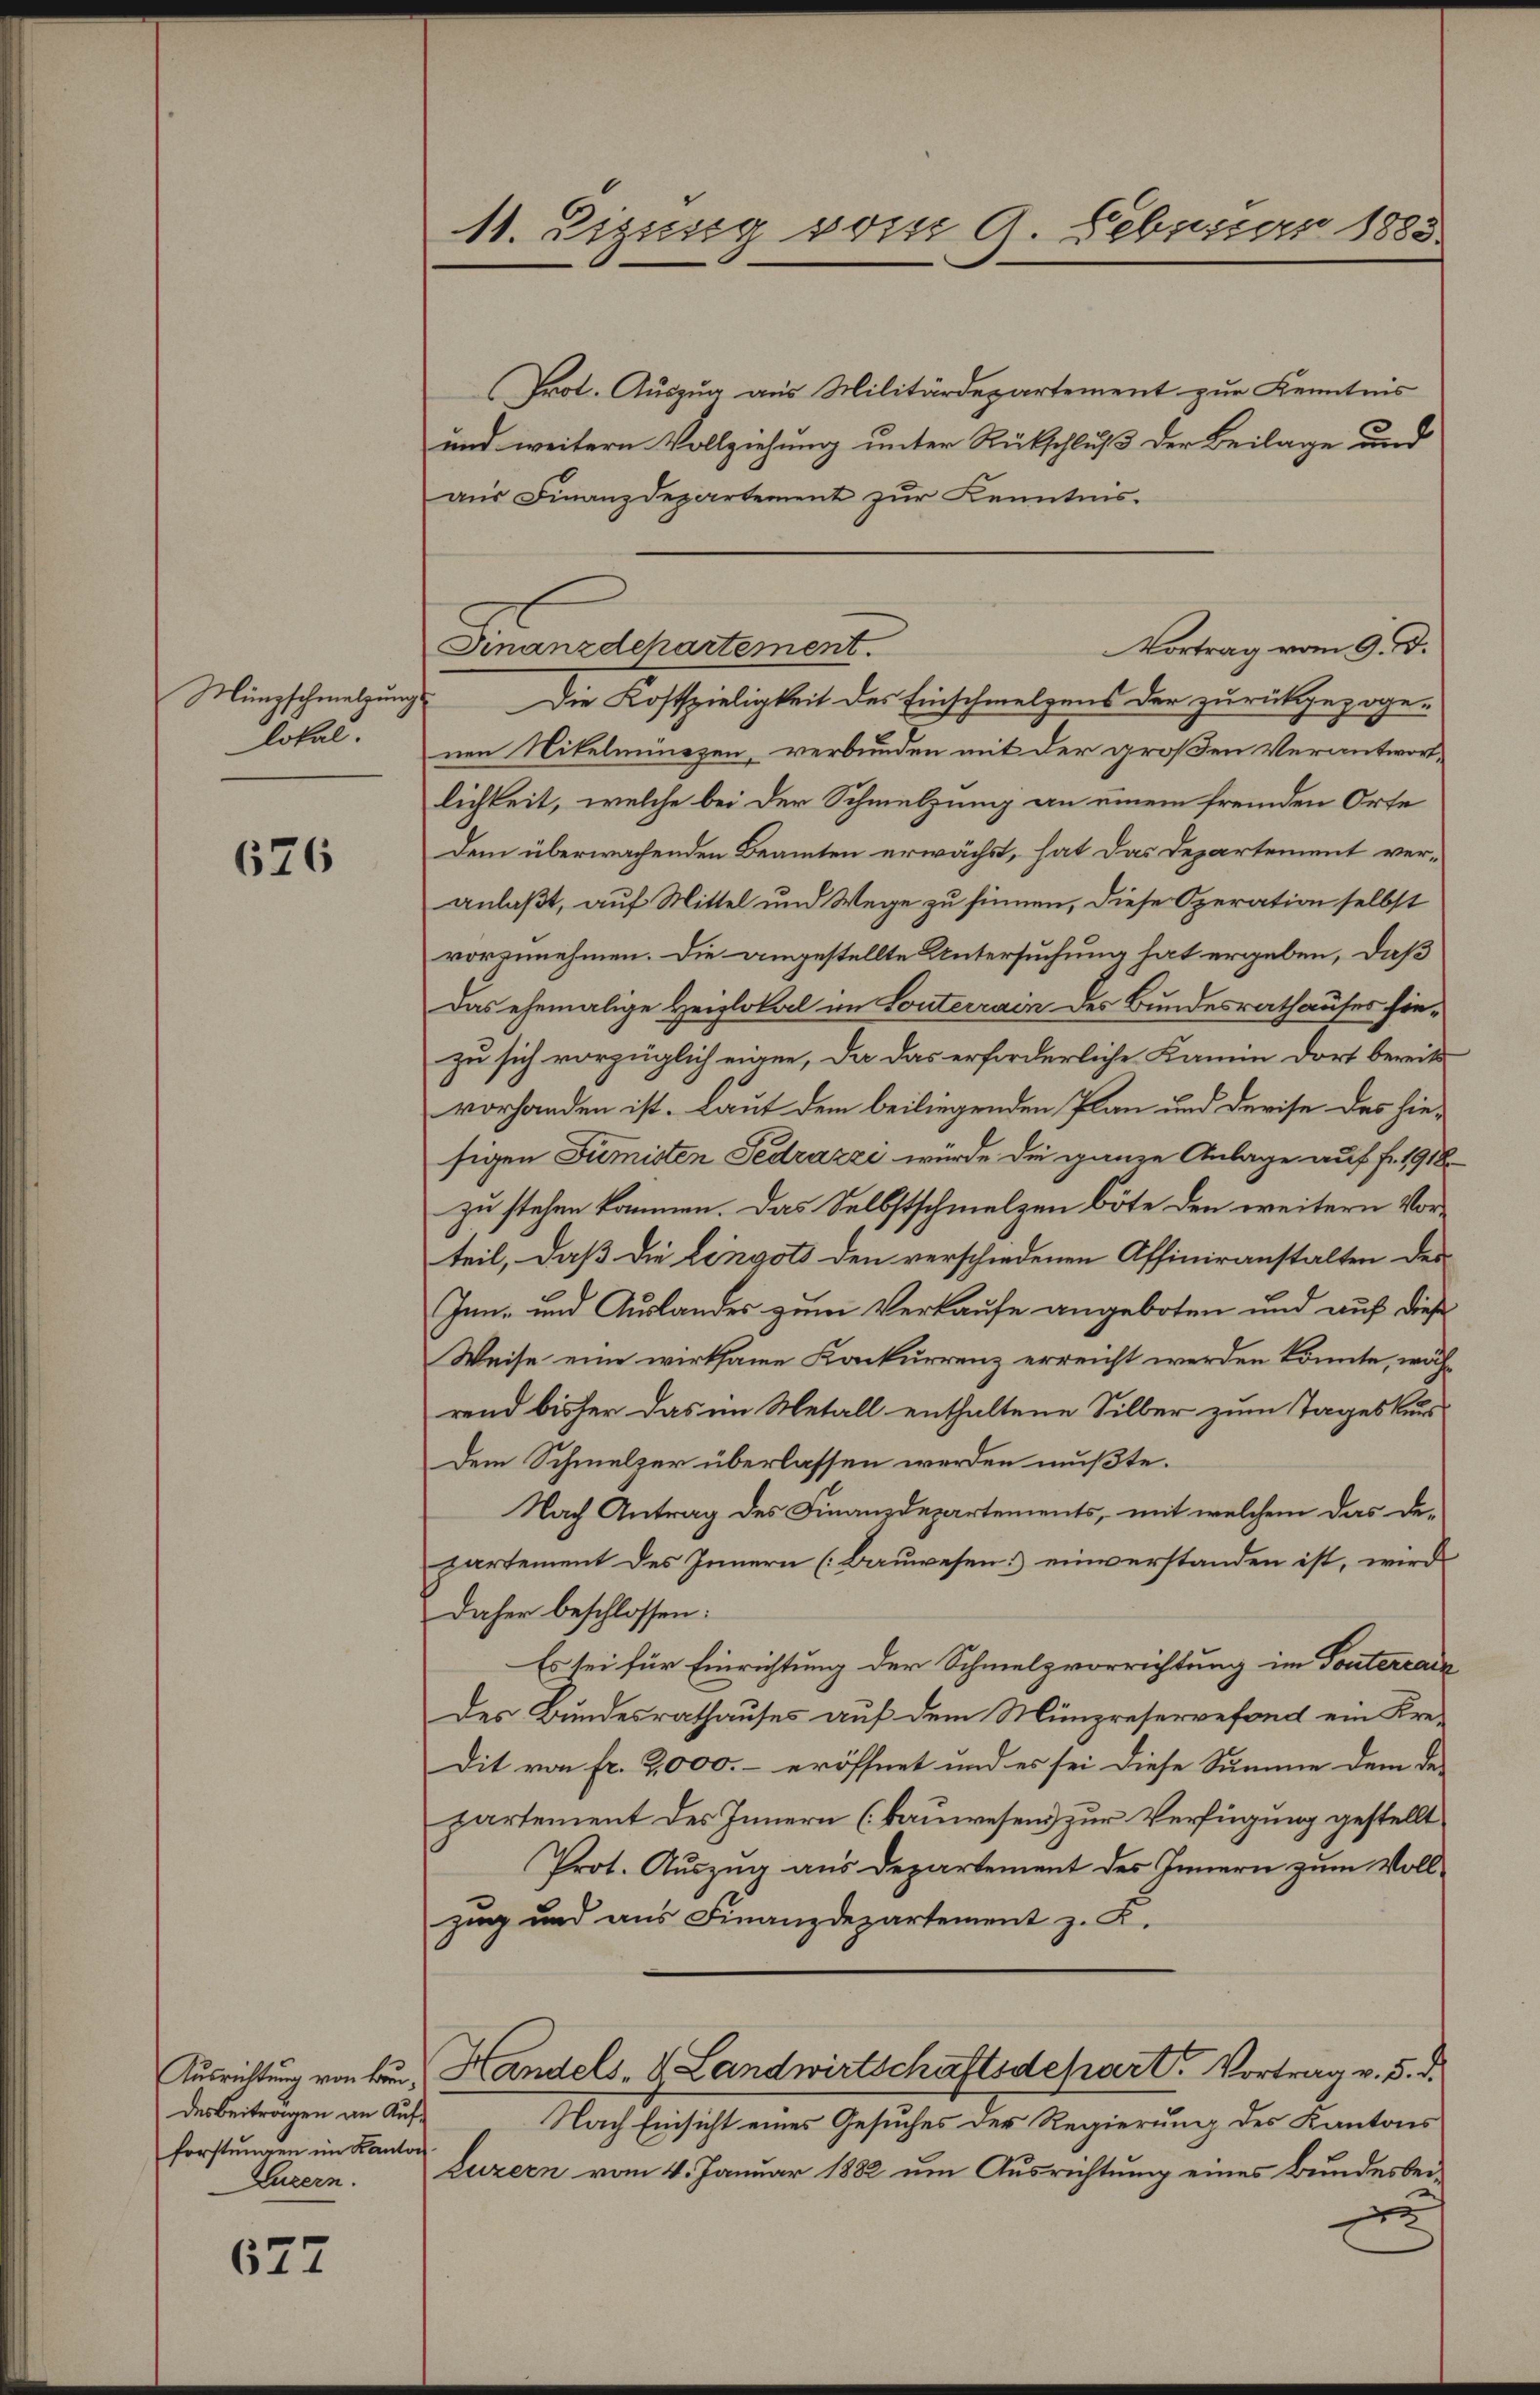
lokal.

676

Ausrichtung von Baudes Beiträgen an Aufforstungen im Kanton
Luzern.

627

M. Zizissig vom 9. Februar 1883

Prot. Auszug aus Militärdepartement zur Kenntnis
und weitern Vollziehung unter Rückschluß der Beilage und
aus Finanzdepartement zur Kenntnis.
Münzschmelzungs Die Kostspieligkeit des Einschmelzens der zurückgezoge-
nen Nikelmünzen, verbunden mit der großen Verantwortlichkeit, welche bei der Schmelzung an einem fremden Orte
Dem überwachenden Beamten erwächst, hat das Departement veranlaßt, auf Mittel und Wege zu sinnen, diese Operation selbst
vorzunehmen. Die angestellte Untersuchung hat ergeben, daß
Das ehemalige Heizlokal im Souterrain des Bundesrathauser hiezu sich vorzüglich eigen, da das erforderliche Kamin dort bereits
vorhanden ist. Laut dem beiliegenden Plan und Devise das hiesigen Dimisten Fedrázzi würde die ganze Anlage auf fr. 1918.
zu stehen kommen. Das Selbstschmelzen böte den weitern Vorteil, daß die Lingots den verschiedenen Affiniranstalten des
Inn- und Auslandes zum Verkaufe angeboten und aus diese
Weise eine wirksame Konkurrenz erreicht werden könnte, während bisher das im Metall enthaltene Silber zum Tages Kurs-
Dem Schmelzer überlassen werden mußte.
Nach Antrag des Finanzdepartements, mit welchem das De-
partement des Innern (Bauwesen: einverstanden ist, wird
Daher beschlossen:
Es sei für Einrichtung der Schmelzvorrichtung im Tontercala
Der Bundesrathauses auf dem Münzreservefond ein Kredit von fr. 2,000.- eröffnet und es sei diese Summe dem de
partement des Innern (kauwesens zur Verfügung gestellt
Prot. Auszug aus Departement des Innern zum Vollzug und aus Finanzdepartement z. K.
Handels- & Landwirtschaftsdepart. Vortrag v. 5. d.
Nach Einsicht eines Gesuches der Regierung des Kantons
Luzern vom 4. Januar 1882 um Ausrichtung eines Bundesbei-
e

Finanzdepartement.

Vortrag vom 9. d.